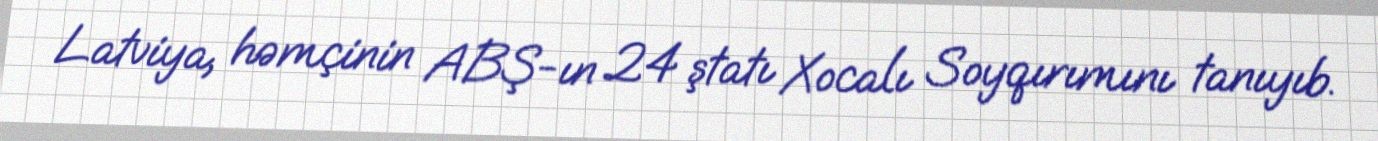
Latviya, həmçinin ABŞ-ın 24 ştatı Xocalı Soyqırımını tanıyıb.